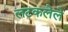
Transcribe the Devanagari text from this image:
लटकलेले